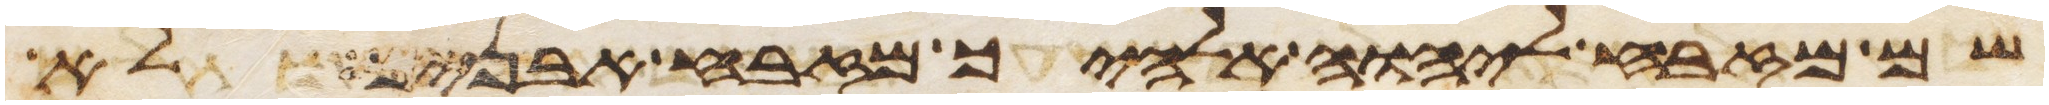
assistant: שם מזבח ליהוה אלהיך מזבח אבנים לא